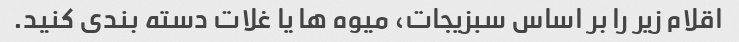
اقلام زیر را بر اساس سبزیجات، میوه ها یا غلات دسته بندی کنید.